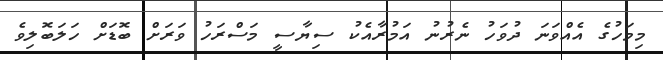
މިމަހުގެ އެއްވަނަ ދުވަހު ނެރުނު އަމުރާއެކު ސިޔާސީ މަސްރަހު ވަރަށް ބޮޑަށް ހަލަބޮލިވެ